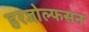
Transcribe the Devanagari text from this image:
हरजोल्फसन